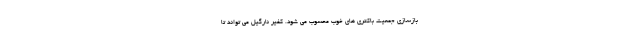
بازسازی جمعیت باکتری های خوب محسوب می شود. کفیر نارگیل می تواند تا